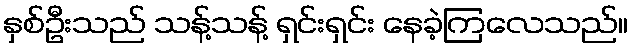
နှစ်ဦးသည် သန့်သန့် ရှင်းရှင်း နေခဲ့ကြလေသည်။